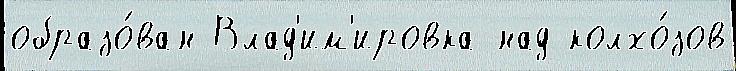
образо́ван Влад'им'ировка над колхо́зов